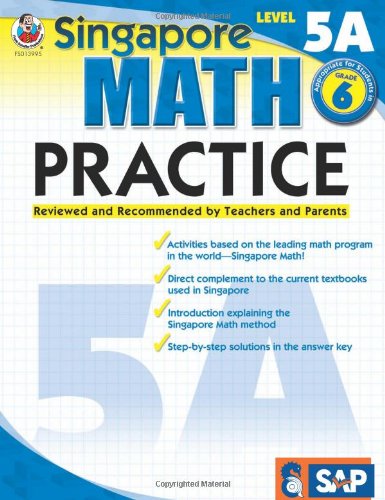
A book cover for Singapore Math Practice, Level 5A, Grade 6; Children's Books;